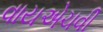
વાયએચવી